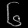
Digit: ၆